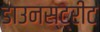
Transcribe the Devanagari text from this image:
डाउनस्ट्रीट